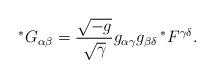
LaTeX: \begin{align*} \prescript{*}{}{G}_{\alpha \beta} = \frac{\sqrt{-g}}{\sqrt{\gamma}} g_{\alpha \gamma} g_{\beta \delta} \prescript{*}{}{F}^{\gamma \delta}.\end{align*}